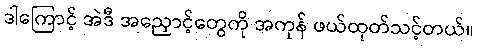
ဒါကြောင့် အဲဒီ အညှောင့်တွေကို အကုန် ဖယ်ထုတ်သင့်တယ်။